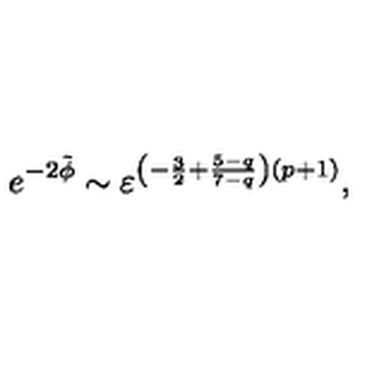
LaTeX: e ^ { - 2 \tilde { \phi } } \sim \varepsilon ^ { \left( - \frac { 3 } { 2 } + \frac { 5 - q } { 7 - q } \right) \left( p + 1 \right) } ,